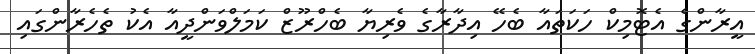
އީރާންގެ އެޓޮމިކް ހަކަތައާ ބެހޭ އިދާރާގެ ވެރިޔާ ބެހްރޫޒް ކަމަލްވަންދީއާ އެކު ތެހެރާންގައި